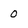
Character: 0